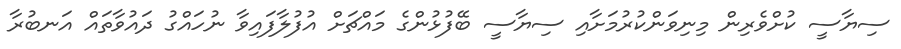
ސިޔާސީ ކުށްވެރިން މިނިވަންކުރުމަށާއި ސިޔާސީ ބޭފުޅުންގެ މައްޗަށް އުފުލާފައިވާ ނުހައްގު ދައުވާތައް އަނބުރާ